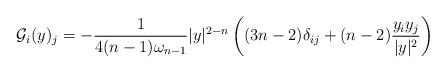
LaTeX: \begin{align*}\mathcal{G}_i(y)_j=-\frac{1}{4(n-1)\omega_{n-1}}\vert y\vert^{2-n}\left((3n-2)\delta_{ij}+(n-2)\frac{y_i y_j}{\vert y\vert^2}\right)\end{align*}